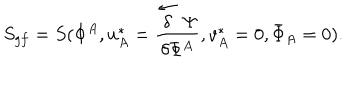
S _ { g f } = S ( \Phi ^ { A } , u _ { A } ^ { * } = \frac { \stackrel { \leftarrow } { \delta } \Psi } { \delta \Phi ^ { A } } , v _ { A } ^ { * } = 0 , { \bar { \Phi } } _ { A } = 0 ) .